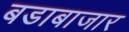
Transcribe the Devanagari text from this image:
बडाबाजार